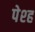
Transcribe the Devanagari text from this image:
पेश्ह